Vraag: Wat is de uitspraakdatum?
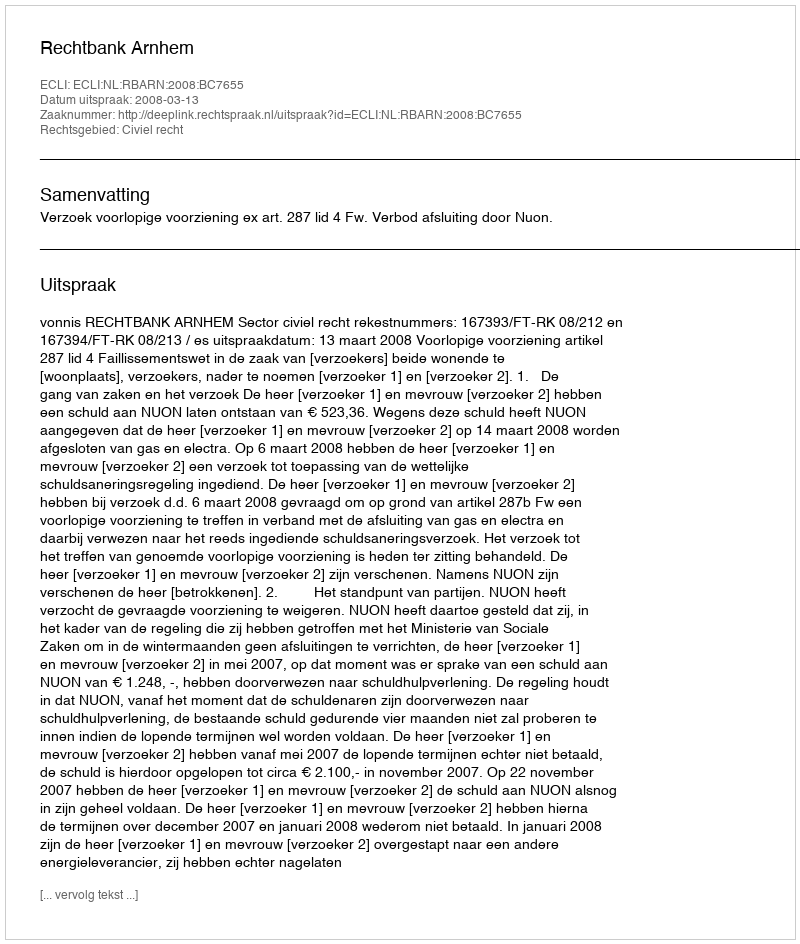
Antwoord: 2008-03-13